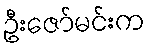
ဦးဇော်မင်းက